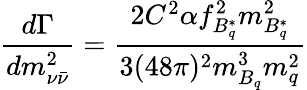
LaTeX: \frac{d\Gamma}{dm_{\nu\bar{\nu}}^{2}}=\frac{2C^{2}\alpha f_{B_{q}^{*}}^{2}m_{B_{q}^{*}}^{2}}{3(48\pi)^{2}m_{B_{q}}^{3}m_{q}^{2}}